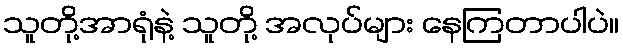
သူတို့အာရုံနဲ့ သူတို့ အလုပ်များ နေကြတာပါပဲ။